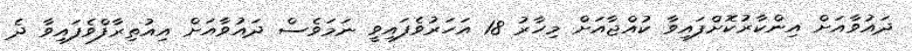
ދައުވާއަށް އިންކާރުކޮށްފައިވާ ކުއްޖާއަށް މިހާރު 18 އަހަރުވެފައިވީ ނަމަވެސް ދައުވާއަށް އިއުތިރާފްވެފައިވާ ދެ